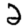
Digit: 2